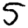
Digit: 5